画像に写った文字を読んでください
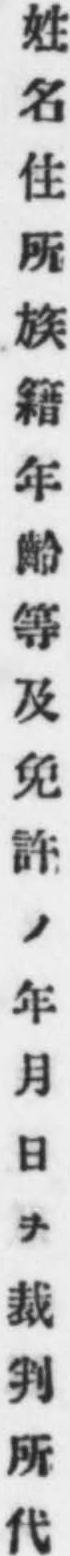
「姓名住所族籍年齡等及免許ノ年月日ヲ裁判所代」と書いてあります